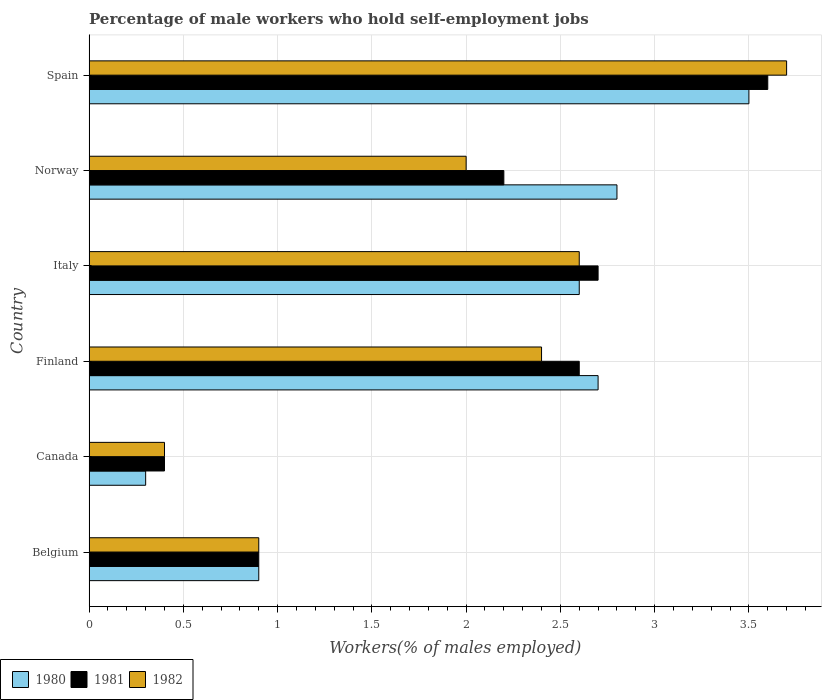
| Country | 1980 | 1981 | 1982 |
 | --- | --- | --- | --- |
 | Belgium | 0.9 | 0.9 | 0.9 |
 | Canada | 0.3 | 0.4 | 0.4 |
 | Finland | 2.7 | 2.6 | 2.4 |
 | Italy | 2.6 | 2.7 | 2.6 |
 | Norway | 2.8 | 2.2 | 2 |
 | Spain | 3.5 | 3.6 | 3.7 |